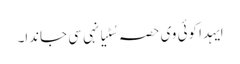
ایہدا کوئی وی حصہ سُٹیا نہی سی جاندا۔